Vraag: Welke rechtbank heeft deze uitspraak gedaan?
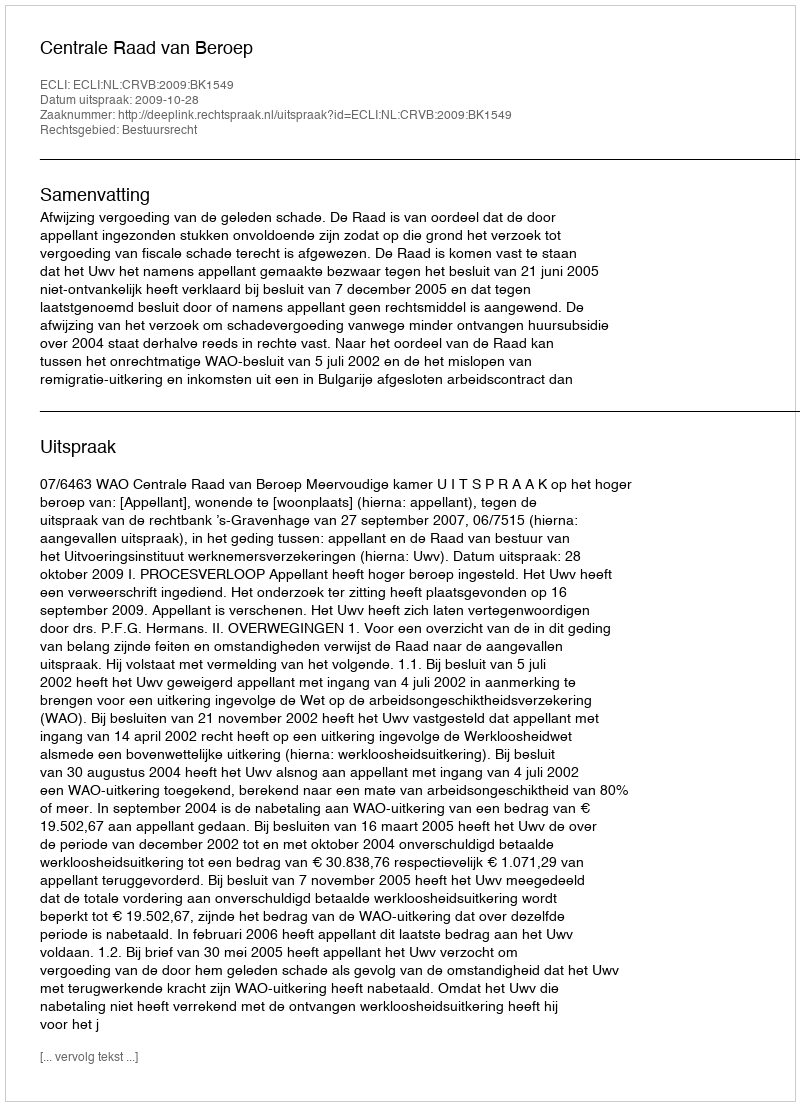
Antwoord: Centrale Raad van Beroep